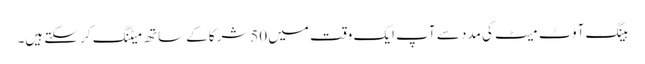
ہینگ آوٹ میٹ کی مدد سے آپ ایک وقت میں 50شرکا کے ساتھ میٹنگ کر سکتے ہیں۔